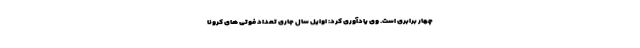
چهار برابری است. وی یادآوری کرد: اوایل سال جاری تعداد فوتی های کرونا